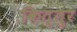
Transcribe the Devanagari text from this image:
कित्तुर